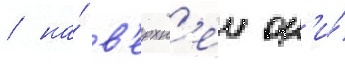
/ на́ в'ерхн'еи он'и́